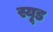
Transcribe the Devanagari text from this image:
स्यूड